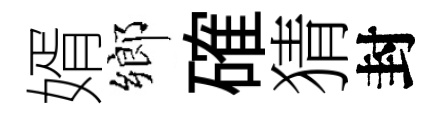
婿鄉確猜封